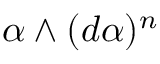
\alpha \wedge ( d \alpha ) ^ { n }